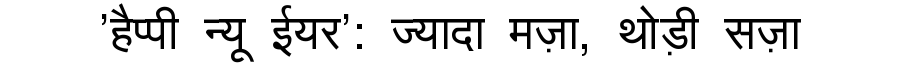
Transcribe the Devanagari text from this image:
'हैप्पी न्यू ईयर': ज्यादा मज़ा, थोड़ी सज़ा